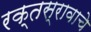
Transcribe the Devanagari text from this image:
रक्तस्रावाचे